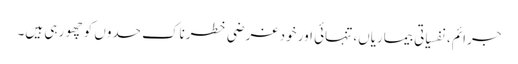
جرائم، نفسیاتی بیماریاں، تنہائی اور خود غرضی خطرناک حدوں کو چھو ر ہی ہیں۔